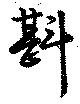
斟